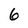
Character: 6